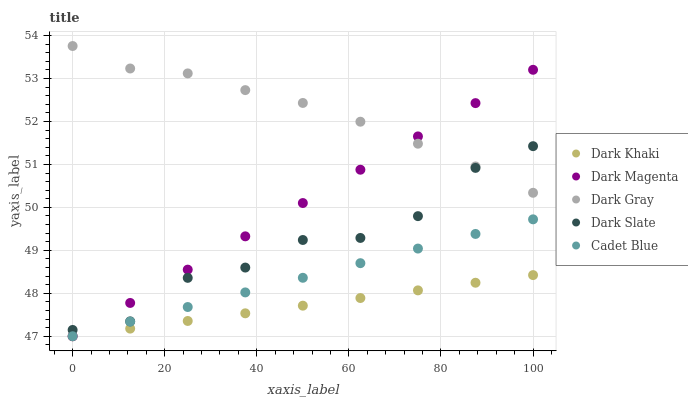
| xaxis_label | Dark Khaki | Dark Magenta | Dark Gray | Dark Slate | Cadet Blue |
 | --- | --- | --- | --- | --- | --- |
 | 0 | 47 | 47 | 53.8 | 47.1 | 47 |
 | 12.5 | 47.2 | 47.8 | 53.2 | 47.3 | 47.3 |
 | 25 | 47.4 | 48.6 | 53.1 | 48.4 | 47.7 |
 | 37.5 | 47.5 | 49.3 | 52.7 | 48.6 | 48 |
 | 50 | 47.7 | 50.1 | 52.4 | 49.2 | 48.4 |
 | 62.5 | 47.9 | 50.9 | 52 | 49.3 | 48.7 |
 | 75 | 48.1 | 51.7 | 51.5 | 49.8 | 49 |
 | 87.5 | 48.2 | 52.4 | 51 | 50.9 | 49.4 |
 | 100 | 48.4 | 53.2 | 50.3 | 51.4 | 49.7 |